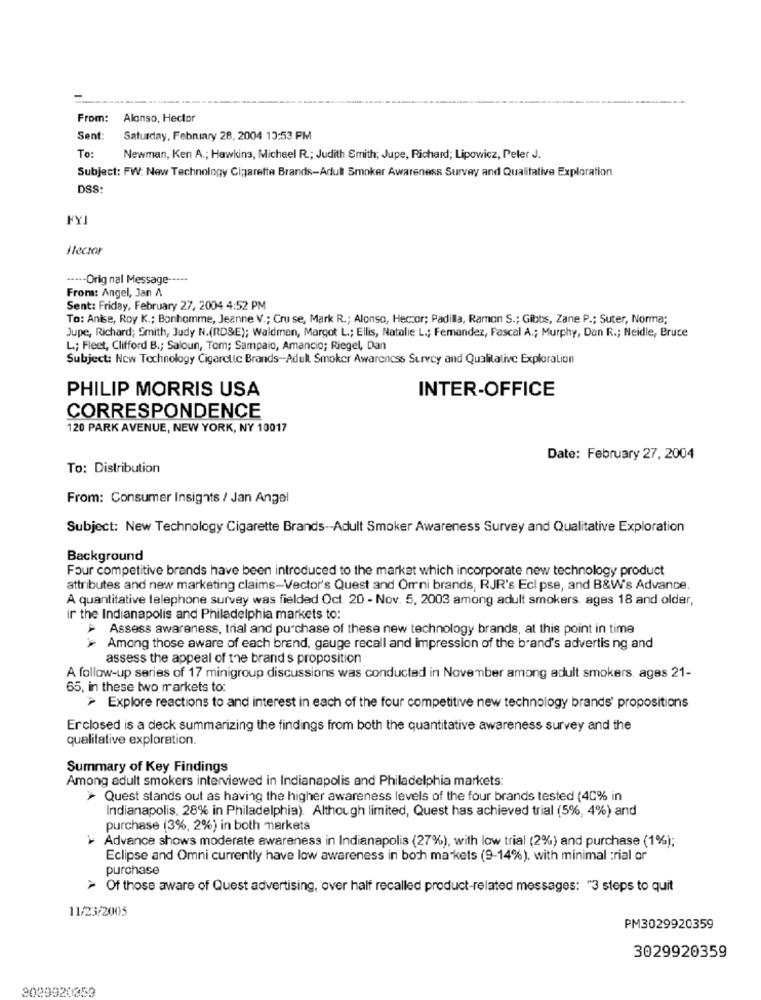
From: Alonso, Hector
Sent:
Saturday, February 28, 2004 13:53 PM
To:
Newman, Ken A .; Hawkins, Michael R .; Judith Smith; Jupe, Richard; Lipowicz, Peler J.
Subject: FW: New Technology Cigarette Brands-Adult Smoker Awareness Survey and Qualitative Exploration
DSS:
FY
Hlector
----- Orig nal Message -----
From: Angel, Jan A
Sent: Friday, February 27, 2004 4:52 PM
To: Anise, Roy K .; Bonhomme, Jeanne V .; Cru se, Mark R .; Alonso, Heczor; Padilla, Ramon S .; Gibbs, Zane P .; Suter, Norma;
Jupe, Richard; Smith, Judy N.(RDSE); Waldman, Margot L .; Ellis, Natalie L .; Femandez, Pascal A .; Murphy, Dan R .; Neidle, Bruce
L; Fleet, Clifford B .; Saloun, Tom; Sampaio, Amancio; Riegel, Dan
Subject: New Technology Cigarette Brands -- Adult Smoker Awareness Survey and Qualitative Exploration
PHILIP MORRIS USA
INTER-OFFICE
CORRESPONDENCE
120 PARK AVENUE, NEW YORK, NY 10017
Date: February 27, 2004
To: Distribution
From: Consumer Insights / Jan Angel
Subject: New Technology Cigarette Brands -- Adult Smoker Awareness Survey and Qualitative Exploration
Background
Four competitive brands have been introduced to the market which incorporate new technology product
attributes and new marketing claims-Vector's Quest and Orrni brands, RJR's Ecl pse, and B&W's Advance.
A quantitative telephone survey was fielded Oct. 20 - Nov. 5. 2003 among adult smokers. ages 18 and older,
ir the Indianapolis and Philadelphia markets to:
> Assess awareness, trial and purchase of these new technology brands, at this point in time
> Among those aware of each brend, gauge recall and impression of the brand's advertis ng and
assess the appeal of the brand s proposition
A follow-up series of 17 minigroup discussions was conducted in November among adult smokers. ages 21-
65, in these two markets to:
> Explore reactions to and interest in each of the four competitive new technology brands' propositions
Erclosed is a deck summarizing the findings from both the quantitative awareness survey and the
qualitative exploration.
Summary of Key Findings
Among adult smokers interviewed in Indianapolis and Philadelphia markets:
> Quest stands out as having the higher awareness levels of the four brands tested (40% in
Indianapolis, 28% in Philadelphia). Although limited, Quest has achieved trial (5%, 4%) and
purchase (3%, 2%) in both markets
Advance shows moderate awareness in Indianapolis (27%), with low trial (2%) and purchase (1%);
Eclipse and Omni currently have low awareness in both markets (9-14%). with minimal :rial or
purchase
> Of those aware of Quest advertising, over half recalled product-related messages: "3 steps to quit
11/23/2005
PM3029920359
3029920359
3029920359